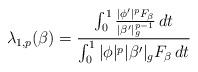
LaTeX: \begin{align*}\lambda_{1,p}(\beta) = \frac{ \int_0^1 \frac{| \phi' |^p F_\beta}{| \beta' |_g^{p-1}} \,dt}{\int_0^1 | \phi |^p | \beta' |_g F_\beta \,dt}\end{align*}